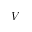
V